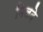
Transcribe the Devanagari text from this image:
मिलदे